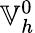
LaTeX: \mathbb{V}_{h}^{0}